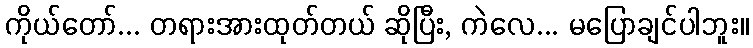
ကိုယ်တော်... တရားအားထုတ်တယ် ဆိုပြီး, ကဲလေ... မပြောချင်ပါဘူး။